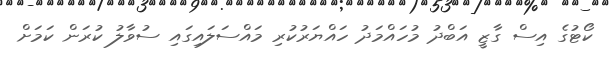
ކޯޓުގެ އިސް ގާޒީ އަބްދު މުހައްމަދު ހައްޔަރުކުރި މައްސަލައިގައި ސުވާލު ކުރަން ކަމަށް